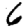
Digit: 6